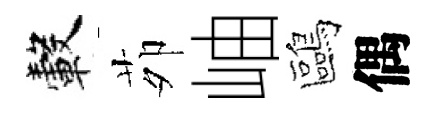
轂茆岫鷗偶